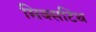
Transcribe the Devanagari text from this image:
सिक्सटिंथ